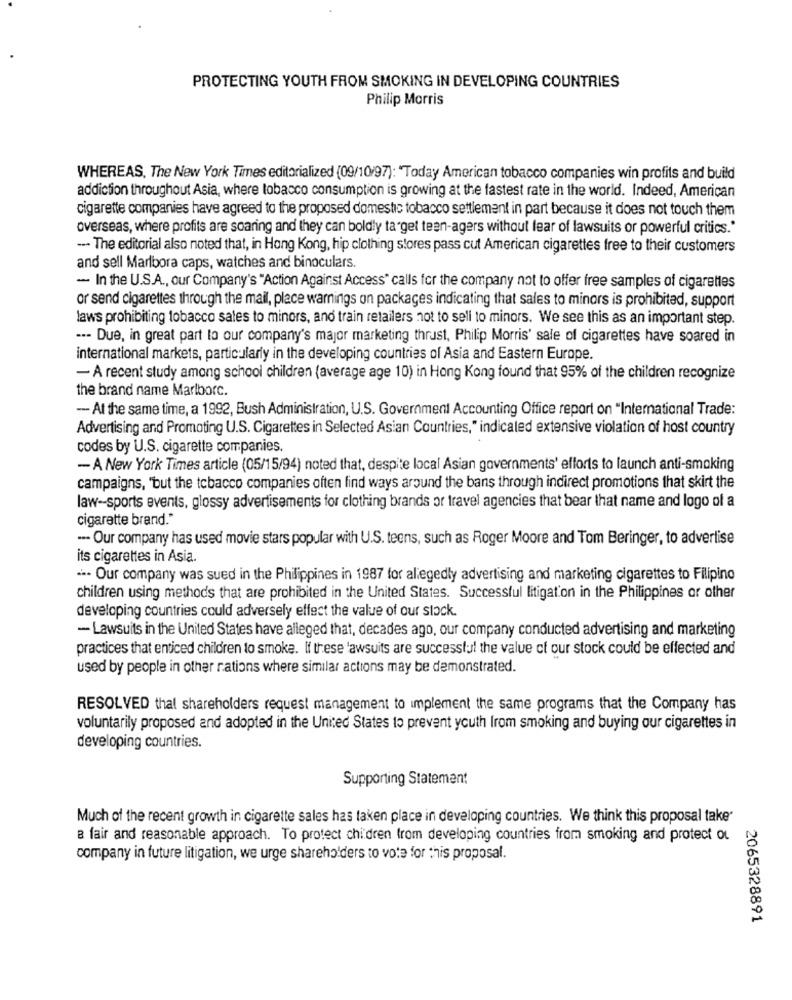
PROTECTING YOUTH FROM SMOKING IN DEVELOPING COUNTRIES
Philip Morris
WHEREAS, The New York Times editorialized (09/10/97): "Today American tobacco companies win profits and build
addiction throughout Asia, where tobacco consumption is growing at the fastest rate in the world. Indeed, American
cigarette companies have agreed to the proposed domestic tobacco settlement in part because it does not touch them
overseas, where profits are soaring and they can boldly ta get teen-agers without fear of lawsuits or powerful critics."
--- The editorial also noted that, in Hong Kong, hip clothing stores pass cut American cigarettes free to their customers
and sell Marlbora caps, watches and binoculars.
- In the U.S.A ., our Company's "Action Against Access" calls for the company not to offer free samples of cigarettes
or send cigarettes through the mail, place warnings on packages indicating that sales to minors is prohibited, support
laws prohibiting tobacco sales to minors, and train retailers not to sell to minors. We see this as an important step.
--- Due, in great part to our company's major marketing thrust, Philip Morris' sale of cigarettes have soared in
international markets, particularly in the developing countries of Asia and Eastern Europe.
- A recent study among school children (average age 10) in Hong Kong found that 95% of the children recognize
the brand name Marlborc.
-At the same time, a 1992, Bush Administration, U.S. Government Accounting Office report on "International Trade:
Advertising and Promoting U.S. Cigarettes in Selected Asian Countries," indicaled extensive violation of host country
codes by U.S. cigarette companies.
- A New York Times article (05/15/94) noted that, despite local Asian governments' efforts to launch anti-smoking
campaigns, "but the tobacco companies often find ways around the bans through indirect promotions that skirt the
law -- sports events, glossy advertisements for clothing brands or travel agencies that bear that name and logo of a
cigarette brand."
--- Our company has used movie stars popular with U.S. teens, such as Roger Moore and Tom Beringer, to advertise
its cigarettes in Asia.
--- Our company was sued in the Philippines in 1987 for allegedly advertising and marketing cigarettes to Filipino
children using methods that are prohibited in the United States. Successful litigation in the Philippines or other
developing countries could adversely effect the value of our stock.
- Lawsuits in the United States have alleged that, decades ago, our company conducted advertising and marketing
practices that enticed children to smoke. If these lawsuits are successful the value of our stock could be effected and
used by people in other rations where similar actions may be demonstrated.
RESOLVED thal shareholders request management to implement the same programs that the Company has
voluntarily proposed and adopted in the United States to prevent youth Irom smoking and buying our cigarettes in
developing countries.
Supporting Statement
Much of the recent growth in cigarette sales has taken place in developing countries. We think this proposal take"
a fair and reasonable approach. To protect chi dren trom developing countries from smoking and protect ou
company in future litigation, we urge shareholders to vote for this proposal.
2065328891